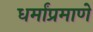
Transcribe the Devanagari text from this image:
धर्मांप्रमाणे